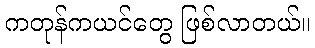
ကတုန်ကယင်တွေ ဖြစ်လာတယ်။